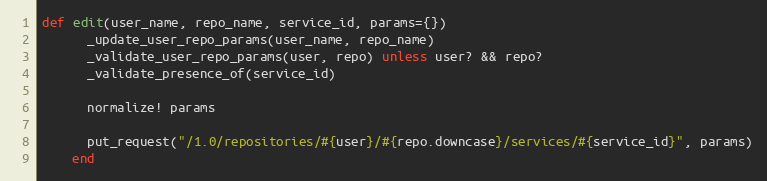
Language: Ruby
def edit(user_name, repo_name, service_id, params={})
      _update_user_repo_params(user_name, repo_name)
      _validate_user_repo_params(user, repo) unless user? && repo?
      _validate_presence_of(service_id)

      normalize! params

      put_request("/1.0/repositories/#{user}/#{repo.downcase}/services/#{service_id}", params)
    end